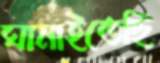
ঘামাইতেছি